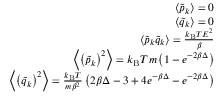
\begin{array} { r } { \left< \tilde { p } _ { k } \right> = 0 } \\ { \left< \tilde { q } _ { k } \right> = 0 } \\ { \left< \tilde { p } _ { k } \tilde { q } _ { k } \right> = \frac { k _ { \mathrm { B } } T E ^ { 2 } } { \beta } } \\ { \left< \left( \tilde { p } _ { k } \right) ^ { 2 } \right> = k _ { \mathrm { B } } T m \left( 1 - e ^ { - 2 \beta \Delta } \right) } \\ { \left< \left( \tilde { q } _ { k } \right) ^ { 2 } \right> = \frac { k _ { \mathrm { B } } T } { m \beta ^ { 2 } } \left( 2 \beta \Delta - 3 + 4 e ^ { - \beta \Delta } - e ^ { - 2 \beta \Delta } \right) } \end{array}